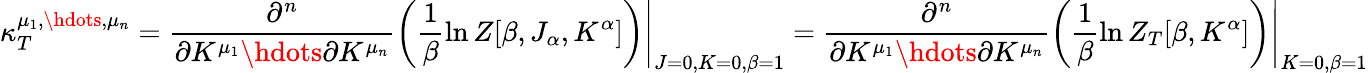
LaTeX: \kappa_{T}^{\mu_{1},\hdots,\mu_{n}}=\frac{\partial^{n}}{\partial K^{\mu_{1}}\hdots\partial K^{\mu_{n}}}\left.\left(\frac{1}{\beta}\ln Z[\beta,J_{\alpha},K^{\alpha}]\right)\right|_{J=0,K=0,\beta=1}=\frac{\partial^{n}}{\partial K^{\mu_{1}}\hdots\partial K^{\mu_{n}}}\left.\left(\frac{1}{\beta}\ln Z_{T}[\beta,K^{\alpha}]\right)\right|_{K=0,\beta=1}